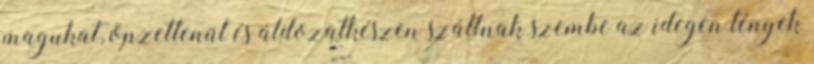
magukat, önzetlenül és áldozatkészen szállnak szembe az idegen lények